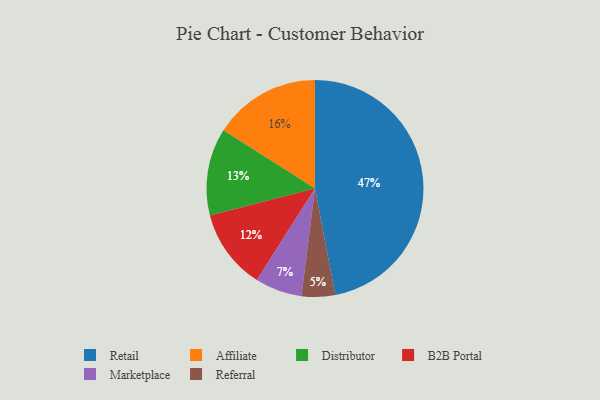
{"axis": {"x": "Category", "y": "Percentage"}, "legend": ["Affiliate", "B2B Portal", "Distributor", "Marketplace", "Referral", "Retail"], "data": [{"x": "Retail", "y": 47, "type": "Retail"}, {"x": "B2B Portal", "y": 12, "type": "B2B Portal"}, {"x": "Distributor", "y": 13, "type": "Distributor"}, {"x": "Referral", "y": 5, "type": "Referral"}, {"x": "Marketplace", "y": 7, "type": "Marketplace"}, {"x": "Affiliate", "y": 16, "type": "Affiliate"}]}